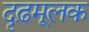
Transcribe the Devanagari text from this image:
दृढ़मूलक